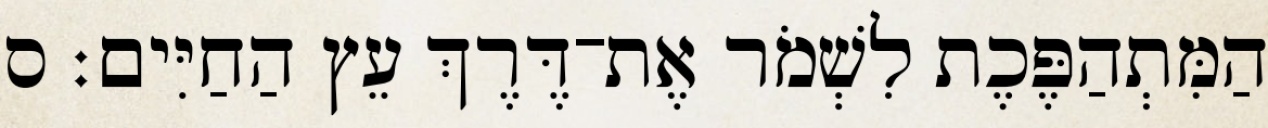
הַמִּתְהַפֶּכֶת לִשְׁמֹר אֶת־דֶּרֶךְ עֵץ הַחַיִּים׃ ס